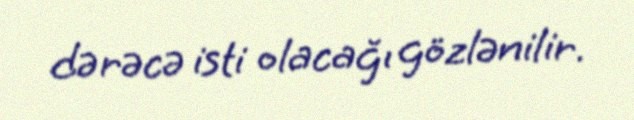
dərəcə isti olacağı gözlənilir.